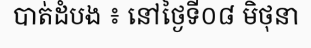
បាត់ដំបង ៖ នៅថ្ងៃទី០៨ មិថុនា